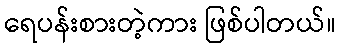
ရေပန်းစားတဲ့ကား ဖြစ်ပါတယ်။